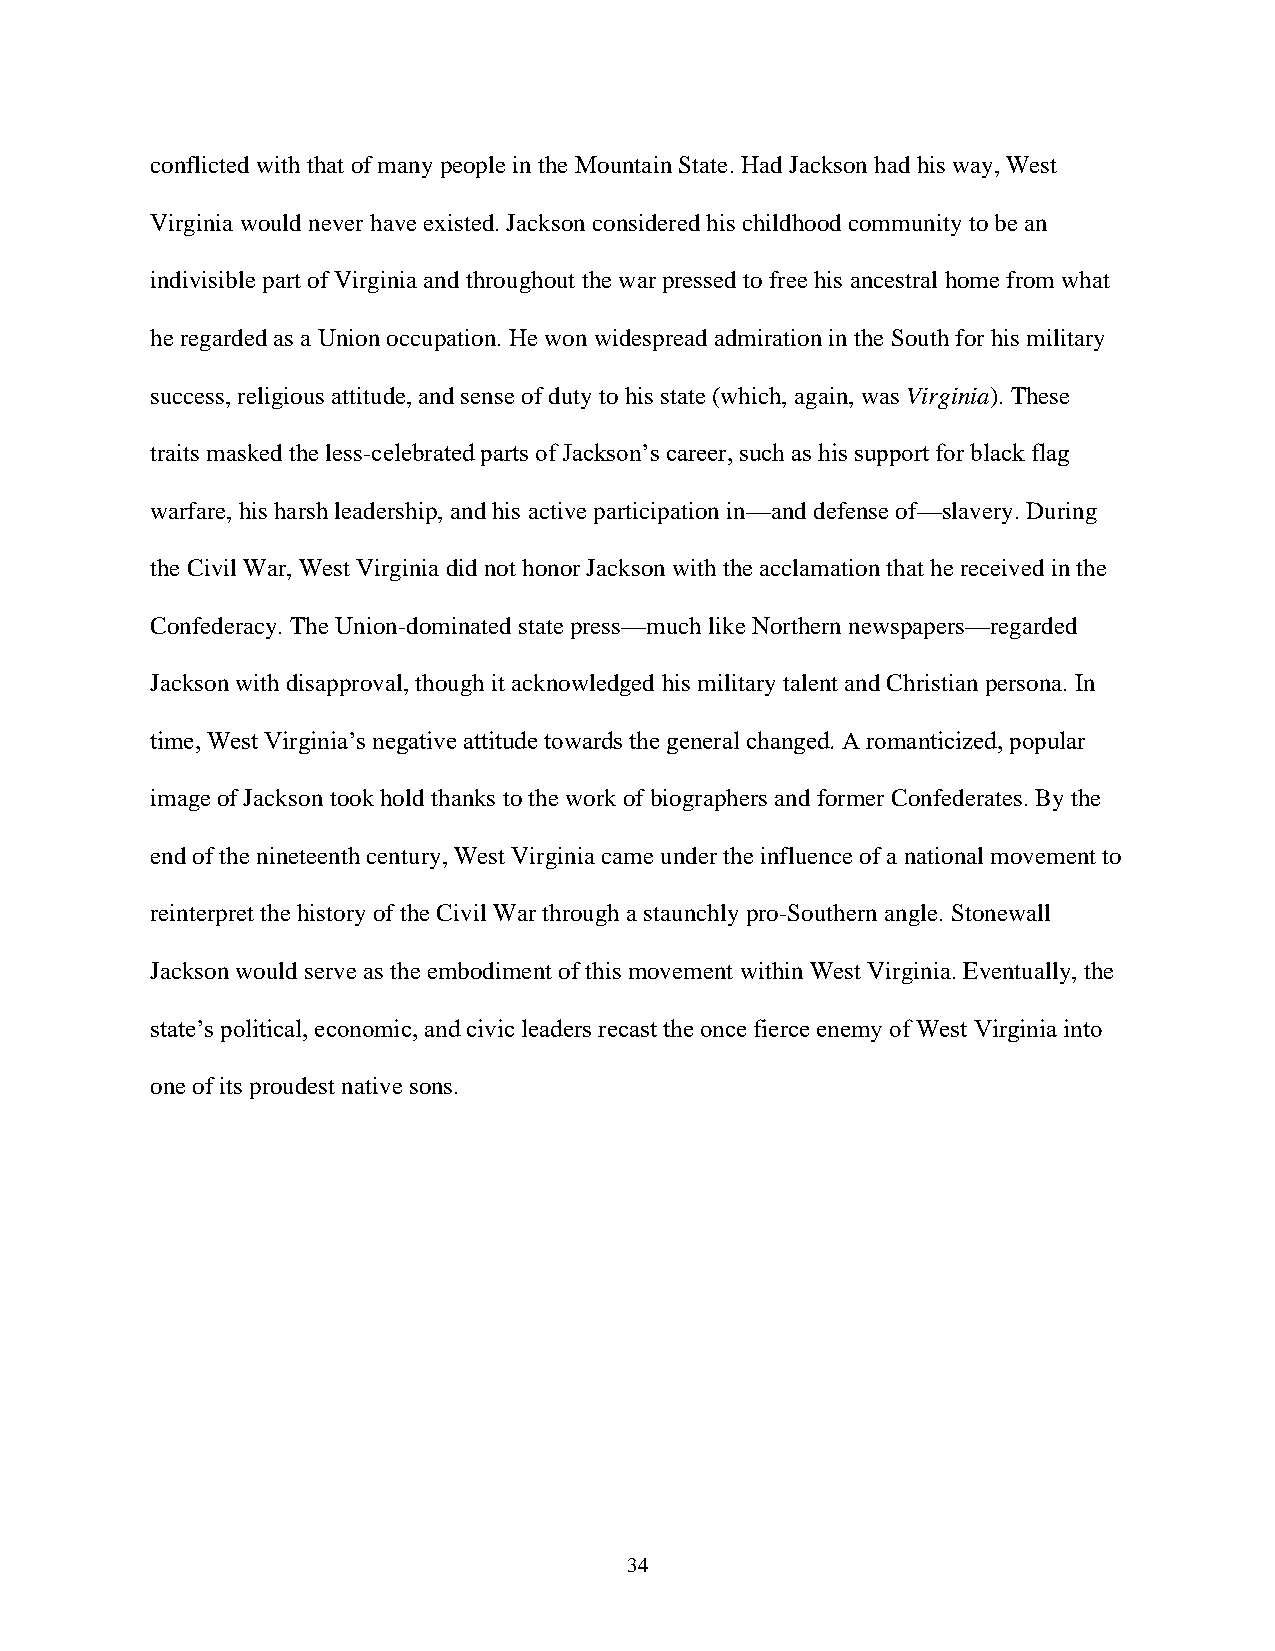
conflicted with that of many people in the Mountain State. Had Jackson had his way, West
 Virginia would never have existed. Jackson considered his childhood community to be an
 indivisible part of Virginia and throughout the war pressed to free his ancestral home from what
 he regarded as a Union occupation. He won widespread admiration in the South for his military
 success, religious attitude, and sense of duty to his state (which, again, was Virginia). These
 traits masked the less-celebrated parts of Jackson’s career, such as his support for black flag
 warfare, his harsh leadership, and his active participation in—and defense of—slavery. During
 the Civil War, West Virginia did not honor Jackson with the acclamation that he received in the
 Confederacy. The Union-dominated state press—much like Northern newspapers—regarded
 Jackson with disapproval, though it acknowledged his military talent and Christian persona. In
 time, West Virginia’s negative attitude towards the general changed. A romanticized, popular
 image of Jackson took hold thanks to the work of biographers and former Confederates. By the
 end of the nineteenth century, West Virginia came under the influence of a national movement to
 reinterpret the history of the Civil War through a staunchly pro-Southern angle. Stonewall
 Jackson would serve as the embodiment of this movement within West Virginia. Eventually, the
 state’s political, economic, and civic leaders recast the once fierce enemy of West Virginia into
 one of its proudest native sons.
 34